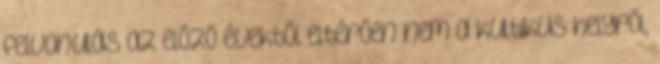
felvonulás az előző évektől eltérően nem a kultikus helyről,